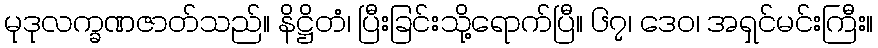
မုဒုလက္ခဏဇာတ်သည်။ နိဋ္ဌိတံ၊ ပြီးခြင်းသို့ရောက်ပြီ။ ၆၇၊ ဒေဝ၊ အရှင်မင်းကြီး။